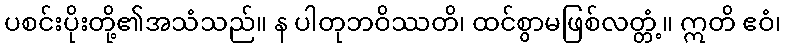
ပစင်းပိုးတို့၏အသံသည်။ န ပါတုဘဝိဿတိ၊ ထင်စွာမဖြစ်လတ္တံ့။ ဣတိ ဧဝံ၊